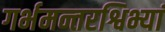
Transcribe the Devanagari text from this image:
गर्भमन्तरश्विभ्यां